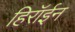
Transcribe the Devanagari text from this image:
हिरॉईन